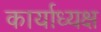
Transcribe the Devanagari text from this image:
कार्याध्‍यक्ष